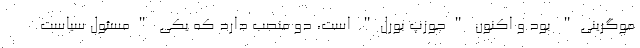
موگرینی" بود و اکنون "جوزپ بورل" است، دو منصب دارد که یکی "مسئول سیاست